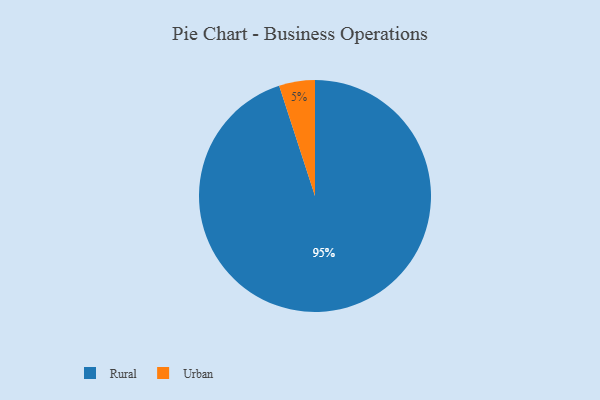
{"axis": {"x": "Category", "y": "Percentage"}, "legend": ["Rural", "Urban"], "data": [{"x": "Rural", "y": 95, "type": "Rural"}, {"x": "Urban", "y": 5, "type": "Urban"}]}